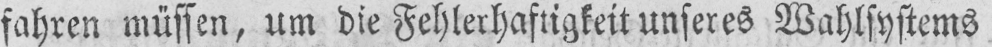
fahren müssen, um die Fehlerhaftigkeit unseres Wahlsystems